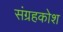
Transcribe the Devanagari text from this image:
संग्रहकोश